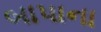
બાપાના